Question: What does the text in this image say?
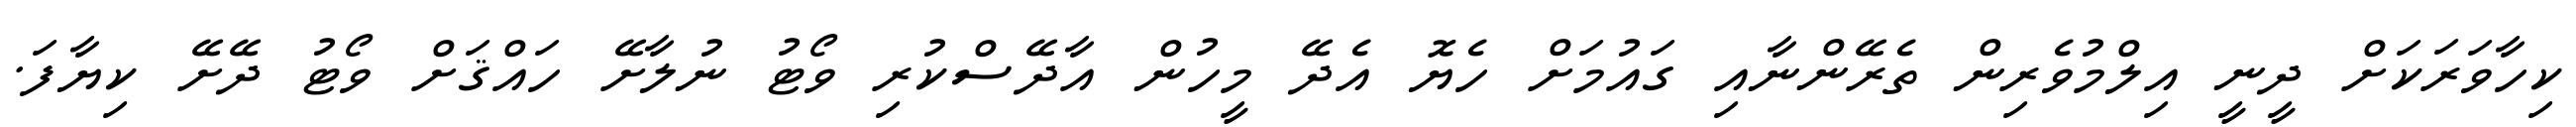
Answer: ކިހާވަރަކަށް ދީނީ އިލްމުވެރިން ތެރޭންނާއި ގައުމަށް ހެޔޮ އެދޭ މީހުން އާދޭސްކުރި ވޯޓު ނުލާށޭ ހައްޤަށް ވޯޓު ދޭށޭ ކިޔާފަ.